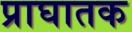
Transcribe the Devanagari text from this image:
प्राघातक